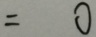
= 0